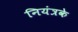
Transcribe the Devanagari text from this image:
नियंत्रके